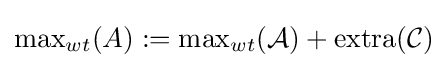
{\max }_{wt}(A):={\max }_{wt}({\mathcal {A}})+\mathrm {extra} ({\mathcal {C}})